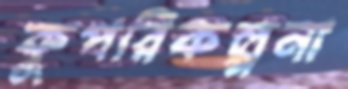
কুপরিকল্পনা